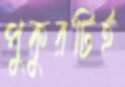
পুকুরটিই